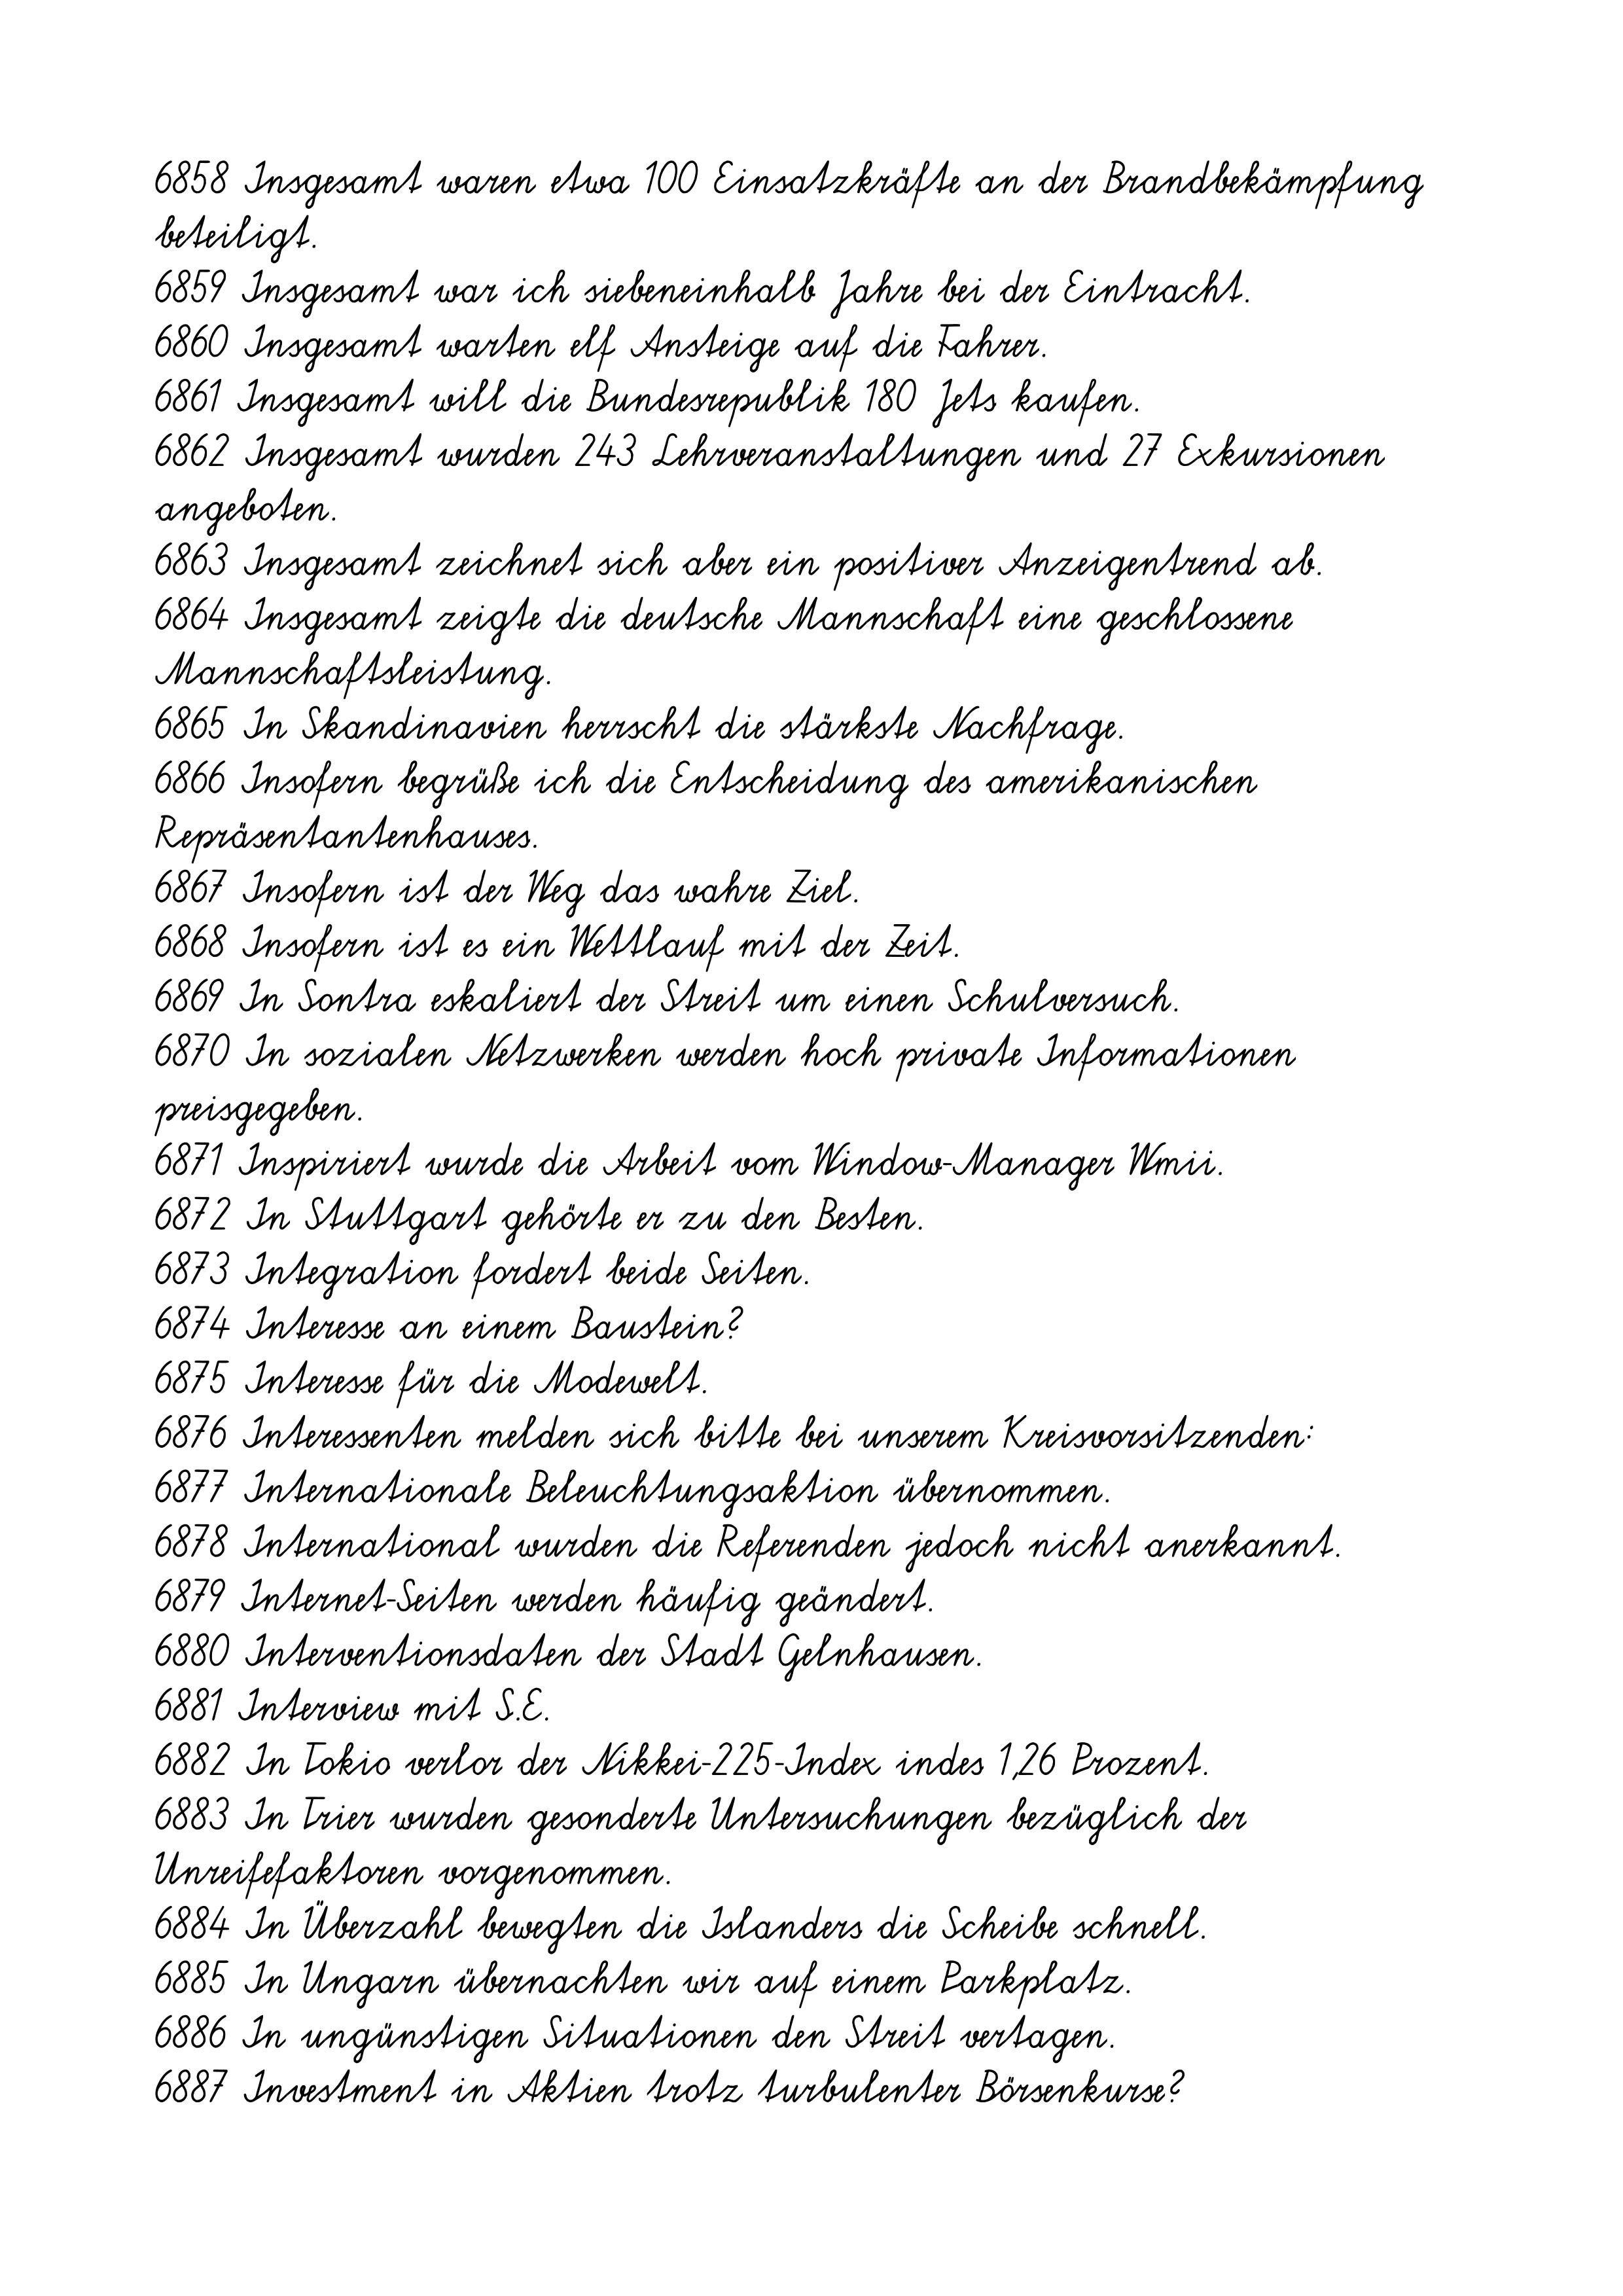
6858 Insgesamt waren etwa 100 Einsatzkräfte an der Brandbekämpfung
beteiligt.
6859 Insgesamt war ich siebeneinhalb Jahre bei der Eintracht.
6860 Insgesamt warten elf Ansteige auf die Fahrer.
6861 Insgesamt will die Bundesrepublik 180 Jets kaufen.
6862 Insgesamt wurden 243 Lehrveranstaltungen und 27 Exkursionen
angeboten.
6863 Insgesamt zeichnet sich aber ein positiver Anzeigentrend ab.
6864 Insgesamt zeigte die deutsche Mannschaft eine geschlossene
Mannschaftsleistung.
6865 In Skandinavien herrscht die stärkste Nachfrage.
6866 Insofern begrüße ich die Entscheidung des amerikanischen
Repräsentantenhauses.
6867 Insofern ist der Weg das wahre Ziel.
6868 Insofern ist es ein Wettlauf mit der Zeit.
6869 In Sontra eskaliert der Streit um einen Schulversuch.
6870 In sozialen Netzwerken werden hoch private Informationen
preisgegeben.
6871 Inspiriert wurde die Arbeit vom Window-Manager Wmii.
6872 In Stuttgart gehörte er zu den Besten.
6873 Integration fordert beide Seiten.
6874 Interesse an einem Baustein?
6875 Interesse für die Modewelt.
6876 Interessenten melden sich bitte bei unserem Kreisvorsitzenden:
6877 Internationale Beleuchtungsaktion übernommen.
6878 International wurden die Referenden jedoch nicht anerkannt.
6879 Internet-Seiten werden häufig geändert.
6880 Interventionsdaten der Stadt Gelnhausen.
6881 Interview mit S.E.
6882 In Tokio verlor der Nikkei-225-Index indes 1,26 Prozent.
6883 In Trier wurden gesonderte Untersuchungen bezüglich der
Unreifefaktoren vorgenommen.
6884 In Überzahl bewegten die Islanders die Scheibe schnell.
6885 In Ungarn übernachten wir auf einem Parkplatz.
6886 In ungünstigen Situationen den Streit vertagen.
6887 Investment in Aktien trotz turbulenter Börsenkurse?